Annual administration report of the Civil Veterinary Department of India - 1898-1899
Year: 1898
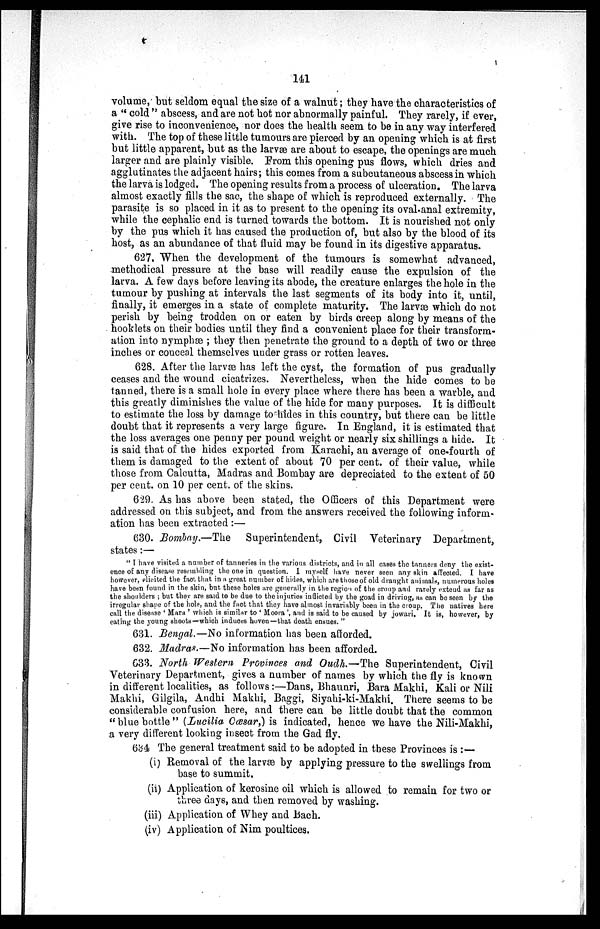
141
volume, but seldom equal the size of a walnut; they have the characteristics of
a "cold" abscess, and are not hot nor abnormally painful. They rarely, if ever,
give rise to inconvenience, nor does the health seem to be in any way interfered
with. The top of these little tumours are pierced by an opening which is at first
but little apparent, but as the larvæ are about to escape, the openings are much
larger and are plainly visible. From this opening pus flows, which dries and
agglutinates the adjacent hairs; this comes from a subcutaneous abscess in which
the larva is lodged. The opening results from a process of ulceration. The larva
almost exactly fills the sac, the shape of which is reproduced externally. The
parasite is so placed in it as to present to the opening its oval-anal extremity,
while the cephalic end is turned towards the bottom. It is nourished not only
by the pus which it has caused the production of, but also by the blood of its
host, as an abundance of that fluid may be found in its digestive apparatus.
627. When the development of the tumours is somewhat advanced,
methodical pressure at the base will readily cause the expulsion of the
larva. A few days before leaving its abode, the creature enlarges the hole in the
tumour by pushing at intervals the last segments of its body into it, until,
finally, it emerges in a state of complete maturity. The larvæ which do not
perish by being trodden on or eaten by birds creep along by means of the
hooklets on their bodies until they find a convenient place for their transform-
ation into nymphæ; they then penetrate the ground to a depth of two or three
inches or conceal themselves under grass or rotten leaves.
628. After the larvæ has left the cyst, the formation of pus gradually
ceases and the wound cicatrizes. Nevertheless, when the hide comes to be
tanned, there is a small hole in every place where there has been a warble, and
this greatly diminishes the value of the hide for many purposes. It is difficult
to estimate the loss by damage to hides in this country, but there can be little
doubt that it represents a very large figure. In England, it is estimated that
the loss averages one penny per pound weight or nearly six shillings a hide. It
is said that of the hides exported from Karachi, an average of one-fourth of
them is damaged to the extent of about 70 per cent. of their value, while
those from Calcutta, Madras and Bombay are depreciated to the extent of 50
per cent. on 10 per cent. of the skins.
629. As has above been stated, the Officers of this Department were
addressed on this subject, and from the answers received the following inform-
ation has been extracted:—
630. Bombay.—The Superintendent, Civil Veterinary Department,
states:—
"I have visited a number of tanneries in the various districts, and in all cases the tanners deny the exist-
ence of any disease resembling the one in question. I myself have never seen any skin affected. I have
however, elicited the fact that in a great number of hides, which are those of old draught animals, numerous holes
have been found in the skin, but these holes are generally in the region of the croup and rarely extend as far as
the shoulders; but they are said to be due to the injuries inflicted by the goad in driving, as can be seen by the
irregular shape of the hole, and the fact that they have almost invariably been in the croup. The natives here
call the disease 'Mara' which is similar to 'Moora', and is said to be caused by jowari. It is, however, by
eating the young shoots—which induces hoven—that death ensues. "
631. Bengal.—No information has been afforded.
632. Madras.—No information has been afforded.
633. North Western Provinces and Oudh.—The Superintendent, Civil
Veterinary Department, gives a number of names by which the fly is known
in different localities, as follows:—Dans, Bhaunri, Bara Makhi, Kali or Nili
Makhi, Gilgila, Andhi Makhi, Baggi, Siyahi-ki-Makhi. There seems to be
considerable confusion here, and there can be little doubt that the common
"blue bottle" (Lucilia Oœsar,) is indicated, hence we have the Nili-Makhi,
a very different looking insect from the Gad fly.
634 The general treatment said to be adopted in these Provinces is:—
(i) Removal of the larvæ by applying pressure to the swellings from
base to summit.
(ii) Application of kerosine oil which is allowed to remain for two or
three days, and then removed by washing.
(iii) Application of Whey and Bach.
(iv) Application of Nim poultices.